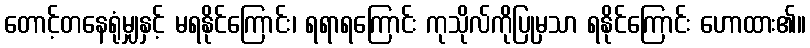
တောင့်တနေရုံမျှနှင့် မရနိုင်ကြောင်း၊ ရရာရကြောင်း ကုသိုလ်ကိုပြုမှသာ ရနိုင်ကြောင်း ဟောထား၏။